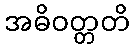
အဓိဝတ္တတိ